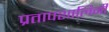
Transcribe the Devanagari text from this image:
प्रतापशालिनी